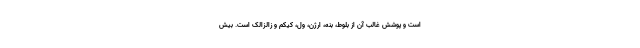
است و پوشش غالب آن از بلوط، بنه، ارژن، ول، کیکم و زالزالک است. بیش